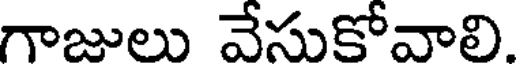
గాజులు వేసుకోవాలి.